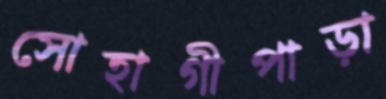
সোহাগীপাড়া